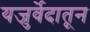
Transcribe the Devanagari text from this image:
यजुर्वेदातून